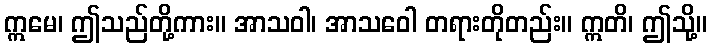
ဣမေ၊ ဤသည်တို့ကား။ အာသဝါ၊ အာသဝေါ တရားတိုတည်း။ ဣတိ၊ ဤသို့။